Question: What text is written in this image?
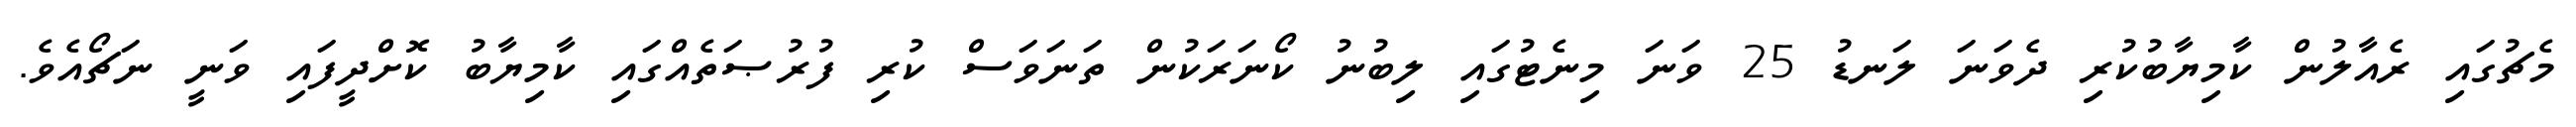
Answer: މެޗުގައި ރެއާލުން ކާމިޔާބުކުރި ދެވަނަ ލަނޑު 25 ވަނަ މިނެޓުގައި ލިބުނު ކޯނަރަކުން ތަނަވަސް ކުރި ފުރުޞަތެއްގައި ކާމިޔާބު ކޮށްދީފައި ވަނީ ނަޗޯއެވެ.